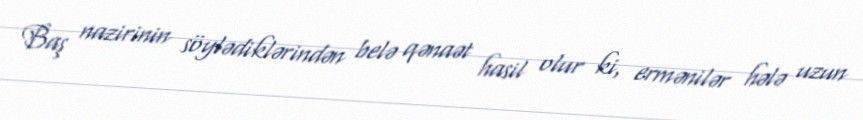
Baş nazirinin söylədiklərindən belə qənaət hasil olur ki, ermənilər hələ uzun